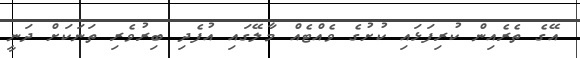
އޭގެ ތެރެއިން ކުރިފަޅައި ކުށުގެ ވެއްޓެއް މާލޭގައި އުފެދި ބިރުވެރި ތަނަކަށް ދަނީ